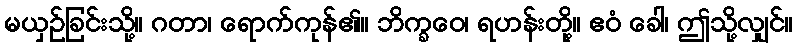
မယှဉ်ခြင်းသို့။ ဂတာ၊ ရောက်ကုန်၏။ ဘိက္ခဝေ၊ ရဟန်းတို့။ ဧဝံ ခေါ၊ ဤသို့လျှင်။